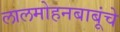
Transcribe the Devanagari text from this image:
लालमोहनबाबूंचे